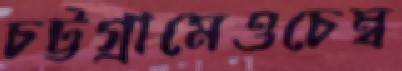
চট্টগ্রামেওচেম্ব